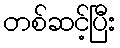
တစ်ဆင့်ပြီး